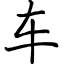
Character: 车